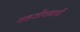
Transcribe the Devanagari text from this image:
सहजीवनाची